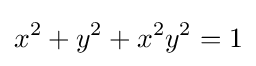
x^{2}+y^{2}+x^{2}y^{2}=1